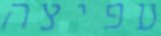
עפיצה